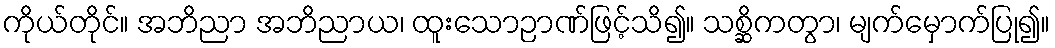
ကိုယ်တိုင်။ အဘိညာ အဘိညာယ၊ ထူးသောဉာဏ်ဖြင့်သိ၍။ သစ္ဆိကတွာ၊ မျက်မှောက်ပြု၍။